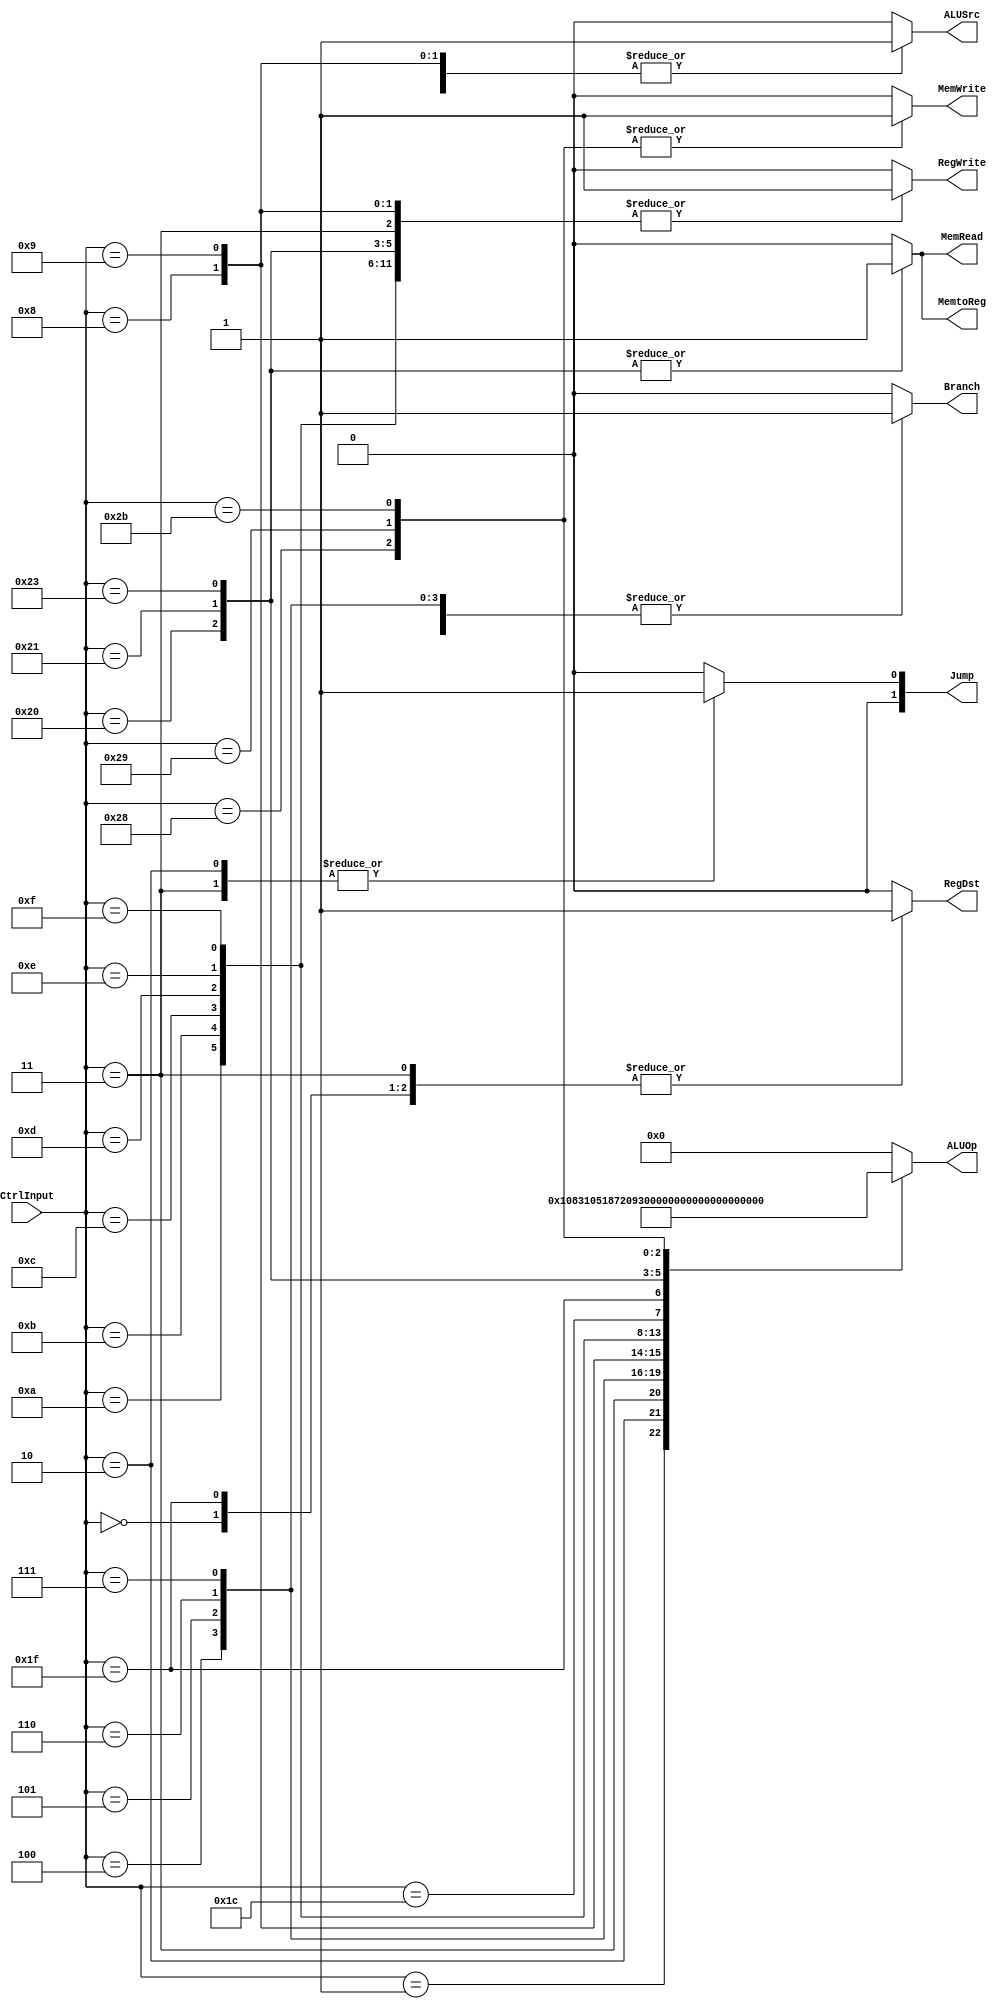
`timescale 1ns/1ns

module Control(	CtrlInput,
				RegDst,
				ALUSrc,
				MemtoReg,
				RegWrite,
				MemRead,
				MemWrite,
				Branch, 
				Jump,
				ALUOp);
				
	input [5:0] CtrlInput;
	output reg [1:0] Jump;
	output reg RegDst, Branch, MemRead, MemWrite, ALUSrc, RegWrite, MemtoReg;
	output reg [5:0] ALUOp;
	
	always@(*) begin
	   RegDst <= 0;
	   ALUSrc <= 0;
	   MemtoReg <= 0;
	   RegWrite <= 0;
	   MemRead <= 0;
	   MemWrite <= 0;
	   Branch <= 0;
	   Jump <= 0;
	   ALUOp <= 0;
		case (CtrlInput)
//			6'b000000: begin
//							RegDst <= 1'b1;
//							ALUSrc <= 1'b0;
//							MemtoReg <= 2'b00;
//							RegWrite <= 1'b1;
//							MemRead <= 1'b0;
//							MemWrite <= 1'b0;
//							Branch <= 1'b0;
//							Jump <= 2'b00;
//							ALUOp <= 6'b000_000;
//						end
			
			
			6'b000001: begin
							RegWrite <= 1'b0;
							MemRead <= 1'b0;
							MemWrite <= 1'b0;
							Branch <= 1'b1;
							Jump <= 2'b00;
							ALUOp <= 6'b000_001;
						end
						
			
			6'b000010: begin
							RegWrite <= 1'b0;
							MemRead <= 1'b0;
							MemWrite <= 1'b0;
							Branch <= 1'b1;
							Jump <= 2'b01;
							ALUOp <= 6'b000_010;
						end
			
			6'b000011: begin
							RegDst <= 1'b1;
							MemtoReg <= 2'b10;
							RegWrite <= 1'b1;
							MemRead <= 1'b0;
							MemWrite <= 1'b0;
							Jump <= 2'b01;
							ALUOp <= 6'b000_011;
						end
			
			6'b000100: begin
							ALUSrc <= 1'b0;
							RegWrite <= 1'b0;
							MemRead <= 1'b0;
							MemWrite <= 1'b0;
							Branch <= 1'b1;
							Jump <= 2'b00;
							ALUOp <= 6'b000_100;
						end	

			6'b000101: begin
							ALUSrc <= 1'b0;
							RegWrite <= 1'b0;
							MemRead <= 1'b0;
							MemWrite <= 1'b0;
							Branch <= 1'b1;
							Jump <= 2'b00;
							ALUOp <= 6'b000_101;
						end						

			6'b000110: begin
							RegWrite <= 1'b0;
							MemRead <= 1'b0;
							MemWrite <= 1'b0;
							Branch <= 1'b1;
							Jump <= 2'b00;
							ALUOp <= 6'b000_110;
						end

			6'b000111: begin
							RegWrite <= 1'b0;
							MemRead <= 1'b0;
							MemWrite <= 1'b0;
							Branch <= 1'b1;
							Jump <= 2'b00;
							ALUOp <= 6'b000_111;
						end
						
			6'b001000: begin
							RegDst <= 1'b0;
							ALUSrc <= 1'b1;
							MemtoReg <= 2'b00;
							RegWrite <= 1'b1;
							MemRead <= 1'b0;
							MemWrite <= 1'b0;
							Branch <= 1'b0;
							Jump <= 2'b00;
							ALUOp <= 6'b001_000;
						end

			6'b001001: begin
							RegDst <= 1'b0;
							ALUSrc <= 1'b1;
							MemtoReg <= 2'b00;
							RegWrite <= 1'b1;
							MemRead <= 1'b0;
							MemWrite <= 1'b0;
							Branch <= 1'b0;
							Jump <= 2'b00;
							ALUOp <= 6'b001_001;
						end						

			6'b001010: begin
							RegDst <= 1'b0;
							ALUSrc <= 1'b1;
							MemtoReg <= 2'b00;
							RegWrite <= 1'b1;
							MemRead <= 1'b0;
							MemWrite <= 1'b0;
							Branch <= 1'b0;
							Jump <= 2'b00;
							ALUOp <= 6'b001_010;
						end				

			6'b001011: begin
							RegDst <= 1'b0;
							ALUSrc <= 1'b1;
							MemtoReg <= 2'b00;
							RegWrite <= 1'b1;
							MemRead <= 1'b0;
							MemWrite <= 1'b0;
							Branch <= 1'b0;
							Jump <= 2'b00;
							ALUOp <= 6'b001_011;
						end			

			6'b001100: begin
							RegDst <= 1'b0;
							ALUSrc <= 1'b1;
							MemtoReg <= 2'b00;
							RegWrite <= 1'b1;
							MemRead <= 1'b0;
							MemWrite <= 1'b0;
							Branch <= 1'b0;
							Jump <= 2'b00;
							ALUOp <= 6'b001_100;
						end				

			6'b001101: begin
							RegDst <= 1'b0;
							ALUSrc <= 1'b1;
							MemtoReg <= 2'b00;
							RegWrite <= 1'b1;
							MemRead <= 1'b0;
							MemWrite <= 1'b0;
							Branch <= 1'b0;
							Jump <= 2'b00;
							ALUOp <= 6'b001_101;
						end			

			6'b001110: begin
							RegDst <= 1'b0;
							ALUSrc <= 1'b1;
							MemtoReg <= 2'b00;
							RegWrite <= 1'b1;
							MemRead <= 1'b0;
							MemWrite <= 1'b0;
							Branch <= 1'b0;
							Jump <= 2'b00;
							ALUOp <= 6'b001_110;
						end	

			6'b001111: begin
							RegDst <= 1'b0;
							ALUSrc <= 1'b1;
							MemtoReg <= 2'b00;
							RegWrite <= 1'b1;
							MemRead <= 1'b0;
							MemWrite <= 1'b0;
							Branch <= 1'b0;
							Jump <= 2'b00;
							ALUOp <= 6'b001_111;
						end		

			6'b011100: begin
							RegDst <= 1'b0;
							ALUSrc <= 1'b0;
							MemtoReg <= 2'b00;
							RegWrite <= 1'b0;
							MemRead <= 1'b0;
							MemWrite <= 1'b0;
							Branch <= 1'b0;
							Jump <= 2'b00;
							ALUOp <= 6'b011_100;
						end	

			6'b000000: begin
							RegDst <= 1'b1;
							ALUSrc <= 1'b0;
							MemtoReg <= 2'b00;
							RegWrite <= 1'b1;
							MemRead <= 1'b0;
							MemWrite <= 1'b0;
							Branch <= 1'b0;
							Jump <= 2'b00;
							ALUOp <= 6'b000_000;
						end

			6'b011111: begin
							RegDst <= 1'b1;
							ALUSrc <= 1'b0;
							MemtoReg <= 2'b00;
							RegWrite <= 1'b1;
							MemRead <= 1'b0;
							MemWrite <= 1'b0;
							Branch <= 1'b0;
							Jump <= 2'b00;
							ALUOp <= 6'b011_111;
						end		

			6'b100000: begin
							RegDst <= 1'b0;
							ALUSrc <= 1'b1;
							MemtoReg <= 2'b01;
							RegWrite <= 1'b1;
							MemRead <= 1'b1;
							MemWrite <= 1'b0;
							Branch <= 1'b0;
							Jump <= 2'b00;
							ALUOp <= 6'b100_000;
						end	

			6'b100001: begin
							RegDst <= 1'b0;
							ALUSrc <= 1'b1;
							MemtoReg <= 2'b01;
							RegWrite <= 1'b1;
							MemRead <= 1'b1;
							MemWrite <= 1'b0;
							Branch <= 1'b0;
							Jump <= 2'b00;
							ALUOp <= 6'b100_001;
						end	

			6'b100011: begin
							RegDst <= 1'b0;
							ALUSrc <= 1'b1;
							MemtoReg <= 2'b01;
							RegWrite <= 1'b1;
							MemRead <= 1'b1;
							MemWrite <= 1'b0;
							Branch <= 1'b0;
							Jump <= 2'b00;
							ALUOp <= 6'b100_011;
						end	

			6'b101000: begin
							ALUSrc <= 1'b1;
							RegWrite <= 1'b0;
							MemRead <= 1'b0;
							MemWrite <= 1'b1;
							Branch <= 1'b0;
							Jump <= 2'b00;
							ALUOp <= 6'b101_000;
						end

			6'b101001: begin
							ALUSrc <= 1'b1;
							RegWrite <= 1'b0;
							MemRead <= 1'b0;
							MemWrite <= 1'b1;
							Branch <= 1'b0;
							Jump <= 2'b00;
							ALUOp <= 6'b101_001;
						end
						
			6'b101011: begin
							ALUSrc <= 1'b1;
							RegWrite <= 1'b0;
							MemRead <= 1'b0;
							MemWrite <= 1'b1;
							Branch <= 1'b0;
							Jump <= 2'b00;
							ALUOp <= 6'b101_011;
						end						
		endcase
	
	end
			
endmodule